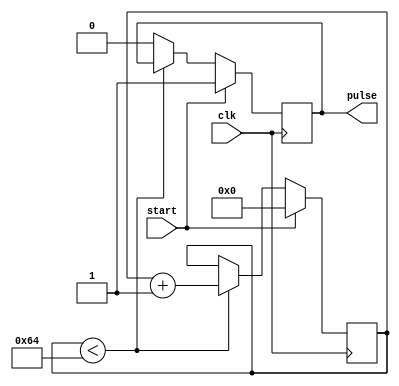
module async_pulse_generator (
    input wire clk,            // Clock signal
    input wire start,          // Start signal for pulse generation
    output reg pulse           // Output pulse signal
);

reg [31:0] counter;           // Counter for pulse duration
reg pulse_reg;                // Register to hold pulse generation state

always @(posedge clk) begin
    if (start) begin
        counter <= 32'b0;     // Reset counter
        pulse_reg <= 1'b1;    // Set pulse generation state
    end
    else if (counter < 100) begin // 100 clock cycles for pulse duration
        counter <= counter + 1;   // Increment counter
    end
    else begin
        pulse_reg <= 1'b0;      // Reset pulse generation state
    end
end

assign pulse = pulse_reg;

endmodule